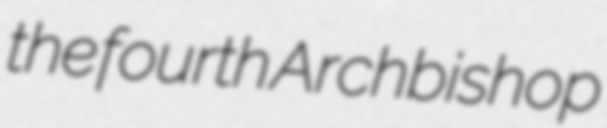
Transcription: the fourth Archbishop